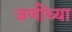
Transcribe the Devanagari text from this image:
जणींच्या